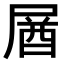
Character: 𡲚